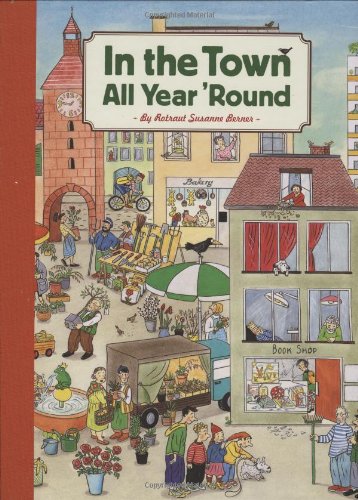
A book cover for In the Town All Year 'Round; Rotraut Susanne Berner; Children's Books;